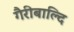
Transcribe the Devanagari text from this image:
गैरीबाल्दि